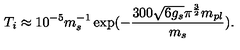
T _ { i } \approx 1 0 ^ { - 5 } m _ { s } ^ { - 1 } \exp ( - \frac { 3 0 0 \sqrt { 6 g _ { s } } \pi ^ { \frac { 3 } { 2 } } m _ { p l } } { m _ { s } } ) .